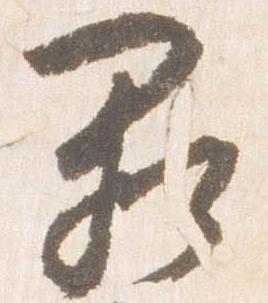
闕